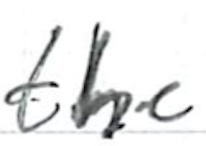
Text: the
Cross-out: clean
Writing tool: ballpoint